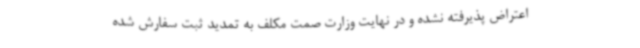
اعتراض پذیرفته نشده و در نهایت وزارت صمت مکلف به تمدید ثبت سفارش شده